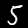
Digit: 5